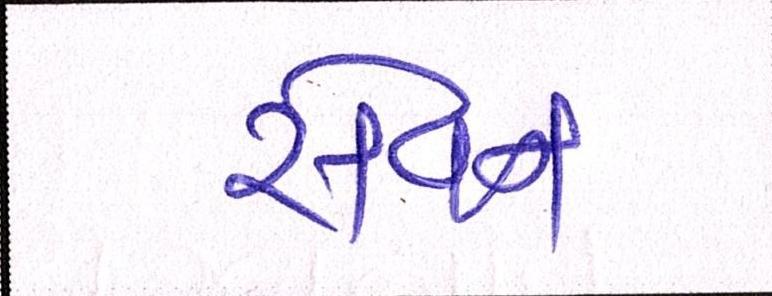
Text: સેવન